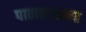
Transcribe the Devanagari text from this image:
पाठासारख्या